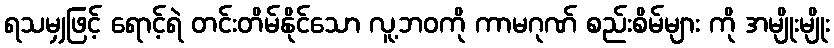
ရသမျှဖြင့် ရောင့်ရဲ တင်းတိမ်နိုင်သော လူ့ဘဝကို ကာမဂုဏ် စည်းစိမ်များ ကို အမျိုးမျိုး